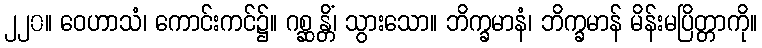
၂၂၀။ ဝေဟာသံ၊ ကောင်းကင်၌။ ဂစ္ဆန္တိံ၊ သွားသော။ ဘိက္ခမာနံ၊ ဘိက္ခမာန် မိန်းမပြိတ္တာကို။